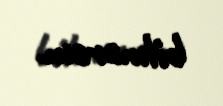
bilmərəm.